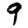
Digit: 9